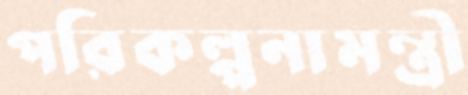
পরিকল্পনামন্ত্রী